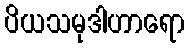
ပိယသမုဒါဟာရော